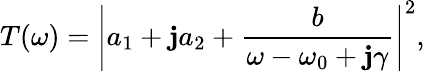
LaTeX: T(\omega)=\left|a_{1}+\mathbf{j}a_{2}+\frac{{b}}{{\omega-\omega_{0}+\mathbf{j}\gamma}}\right|^{2},